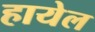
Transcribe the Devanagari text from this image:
हायेल